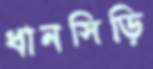
ধানসিড়ি